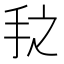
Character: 𰓇